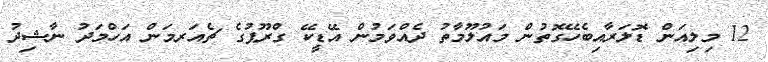
12 މިލިއަން ޑޮލަރާއިބެހޭގޮތުން މައުލޫމާތު ދެއްވަމުން އޭޑީކޭ ގްރޫޕުގެ ޗެއަރމަން އަހްމަދު ނާޝިދު